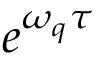
e ^ { \omega _ { q } \tau }